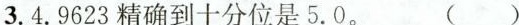
3. 4.9623精确到十分位是5.0. ()